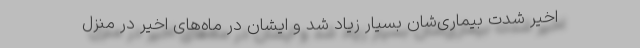
اخیر شدت بیماری‌شان بسیار زیاد شد و ایشان در ماه‌های اخیر در منزل